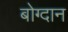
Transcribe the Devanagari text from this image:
बोग्दान